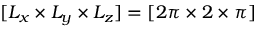
[ L _ { x } \times L _ { y } \times L _ { z } ] = [ 2 \pi \times 2 \times \pi ]